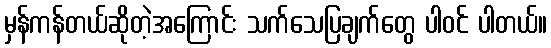
မှန်ကန်တယ်ဆိုတဲ့အကြောင်း သက်သေပြချက်တွေ ပါဝင် ပါတယ်။